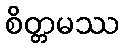
စိတ္တမဿ